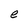
Character: e